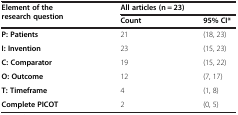
<table><thead><tr><td rowspan="2"><b>Element of the research question</b></td><td colspan="2"><b>All articles (n = 23)</b></td></tr><tr><td><b>Count</b></td><td><b>95% CI*</b></td></tr></thead><tbody><tr><td><b>P: Patients</b></td><td>21</td><td>(18, 23)</td></tr><tr><td><b>I: Invention</b></td><td>23</td><td>(15, 23)</td></tr><tr><td><b>C: Comparator</b></td><td>19</td><td>(15, 22)</td></tr><tr><td><b>O: Outcome</b></td><td>12</td><td>(7, 17)</td></tr><tr><td><b>T: Timeframe</b></td><td>4</td><td>(1, 8)</td></tr><tr><td><b>Complete PICOT</b></td><td>2</td><td>(0, 5)</td></tr></tbody></table>